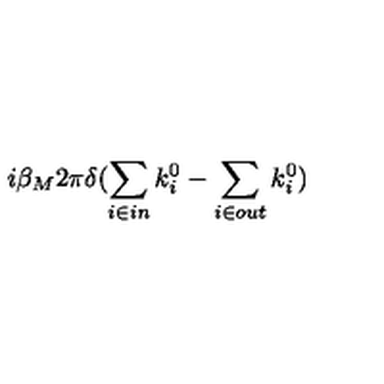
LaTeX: i \beta _ { M } 2 \pi \delta ( \sum _ { i \in i n } k _ { i } ^ { 0 } - \sum _ { i \in o u t } k _ { i } ^ { 0 } )